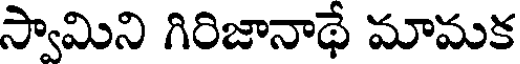
స్వామిని గిరిజానాథే మామక